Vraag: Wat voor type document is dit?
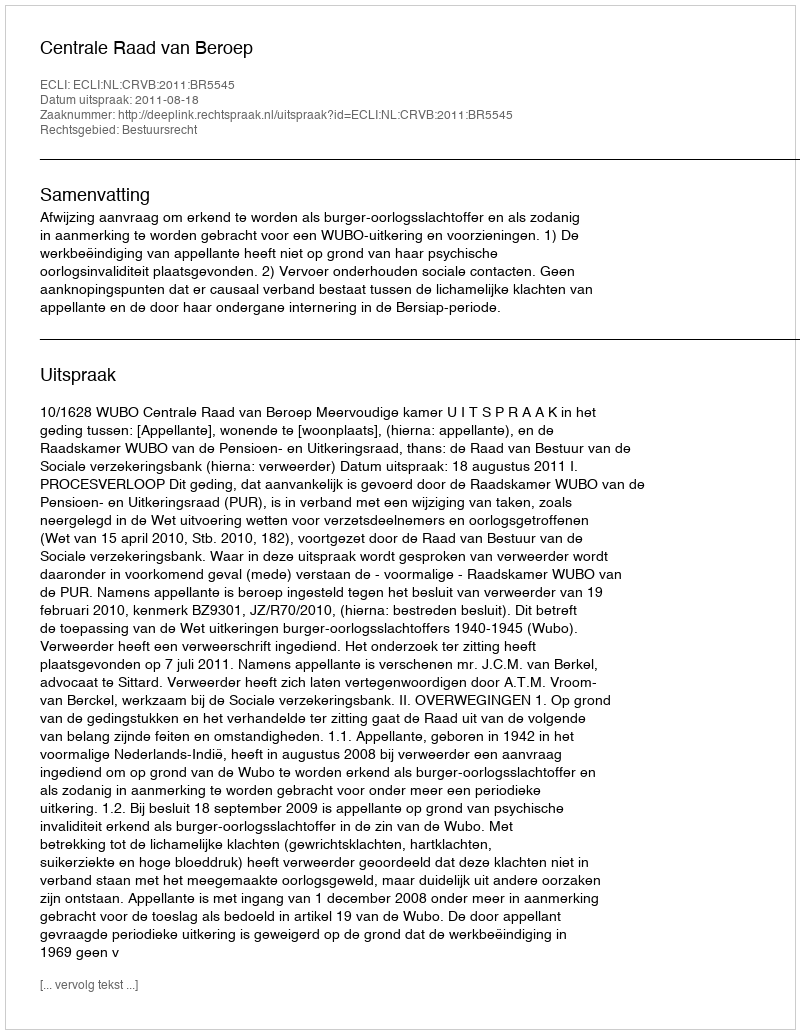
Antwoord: Uitspraak